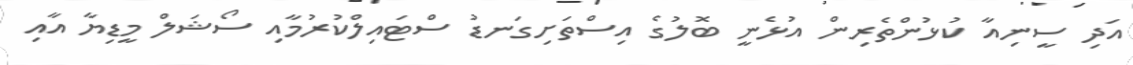
އަދި ސީނިއާ ކުޅުންތެރިން އުޅެނީ ބޮލުގެ އިސްތަށިގަނޑު ސްޓައިލްކުރުމާއި ސޯޝަލް މީޑިޔާ އާއި